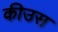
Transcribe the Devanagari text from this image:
कीउस